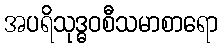
အပရိသုဒ္ဓဝစီသမာစာရော